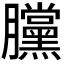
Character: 𣎲